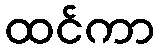
ထင်ကာ